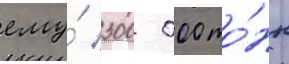
ему́ 300 000 то́нн